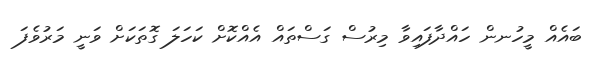
ބައެއް މީހުނން ހައްދާފައިވާ މިރުސް ގަސްތައް އެއްކޮށް ކަހަލަ ގޮތަކަށް ވަނީ މަރުވެފަ